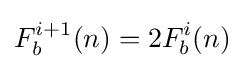
F_{b}^{i+1}(n)=2F_{b}^{i}(n)